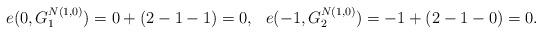
LaTeX: \begin{align*} e(0,G^{N(1,0)}_{1})&= 0 + (2-1-1)=0,& e(-1,G^{N(1,0)}_{2})&= -1 + (2-1-0)=0. \end{align*}